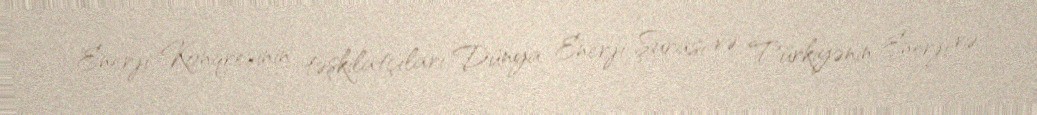
Enerji Konqresinin təşkilatçıları Dünya Enerji Şurası və Türkiyənin Enerji və